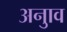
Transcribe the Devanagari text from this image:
अनुाव